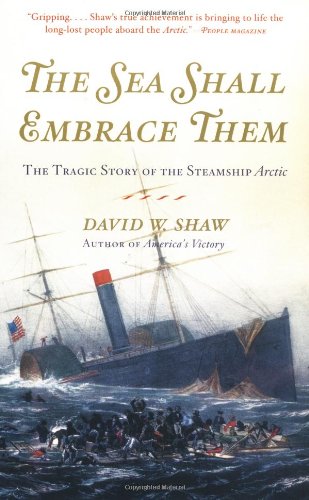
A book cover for The Sea Shall Embrace Them: The Tragic Story of the Steamship Arctic; David W. Shaw; History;